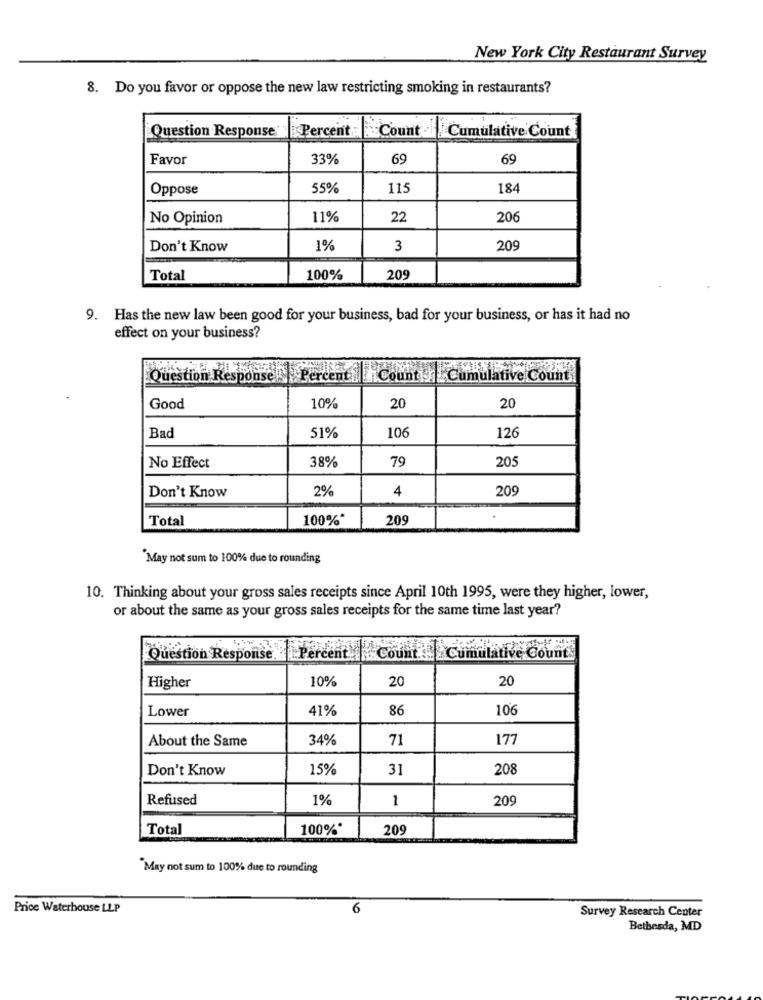
New York City Restaurant Survey
8. Do you favor or oppose the new law restricting smoking in restaurants?
Question Response
Percent: Count
Cumulative Count
Favor
33%
69
69
Oppose
55%
115
184
No Opinion
11%
22
206
Don't Know
1%
3
20
Total
100%
20
9. Has the new law been good for your business, bad for your business, or has it had no
effect on your business?
Question Response Percent ihCount Cumulative Count
20
Good
10%
20
126
Bad
51%
106
No Effect
38%
79
205
Don't Know
2%
4
20
Total
100%*
209
May not sum to 100% due to rounding
10. Thinking about your gross sales receipts since April 10th 1995, were they higher, lower,
or about the same as your gross sales receipts for the same time last year?
Question Response.Percent
rcent.Count _ _ Cumulative Count.
10%
20
20
Higher
Lower
41%
86
10
About the Same
34%
71
177
Don't Know
15%
31
208
Refused
1%
1
209
Total
100%*
209
May not sum to 100% due to rounding
Price Waterhouse LLP
6
Survey Research Center
Bethesda, MD